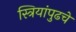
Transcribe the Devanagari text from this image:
स्त्रियांपुढचे